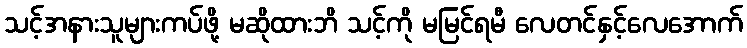
သင့်အနားသူများကပ်ဖို့ မဆိုထားဘိ သင့်ကို မမြင်ရမီ လေတင်နှင့်လေအောက်